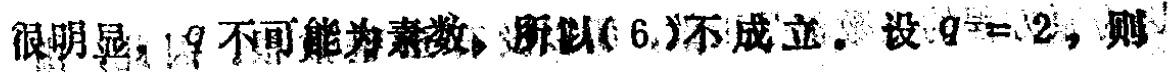
很明显，$q$不可能为素数，所以$(6)$不成立。设$q = 2$，则